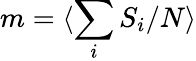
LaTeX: m=\langle\sum_{i}S_{i}/N\rangle